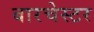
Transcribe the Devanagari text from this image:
बारचेस्टर